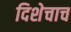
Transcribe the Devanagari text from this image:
दिशेचाच